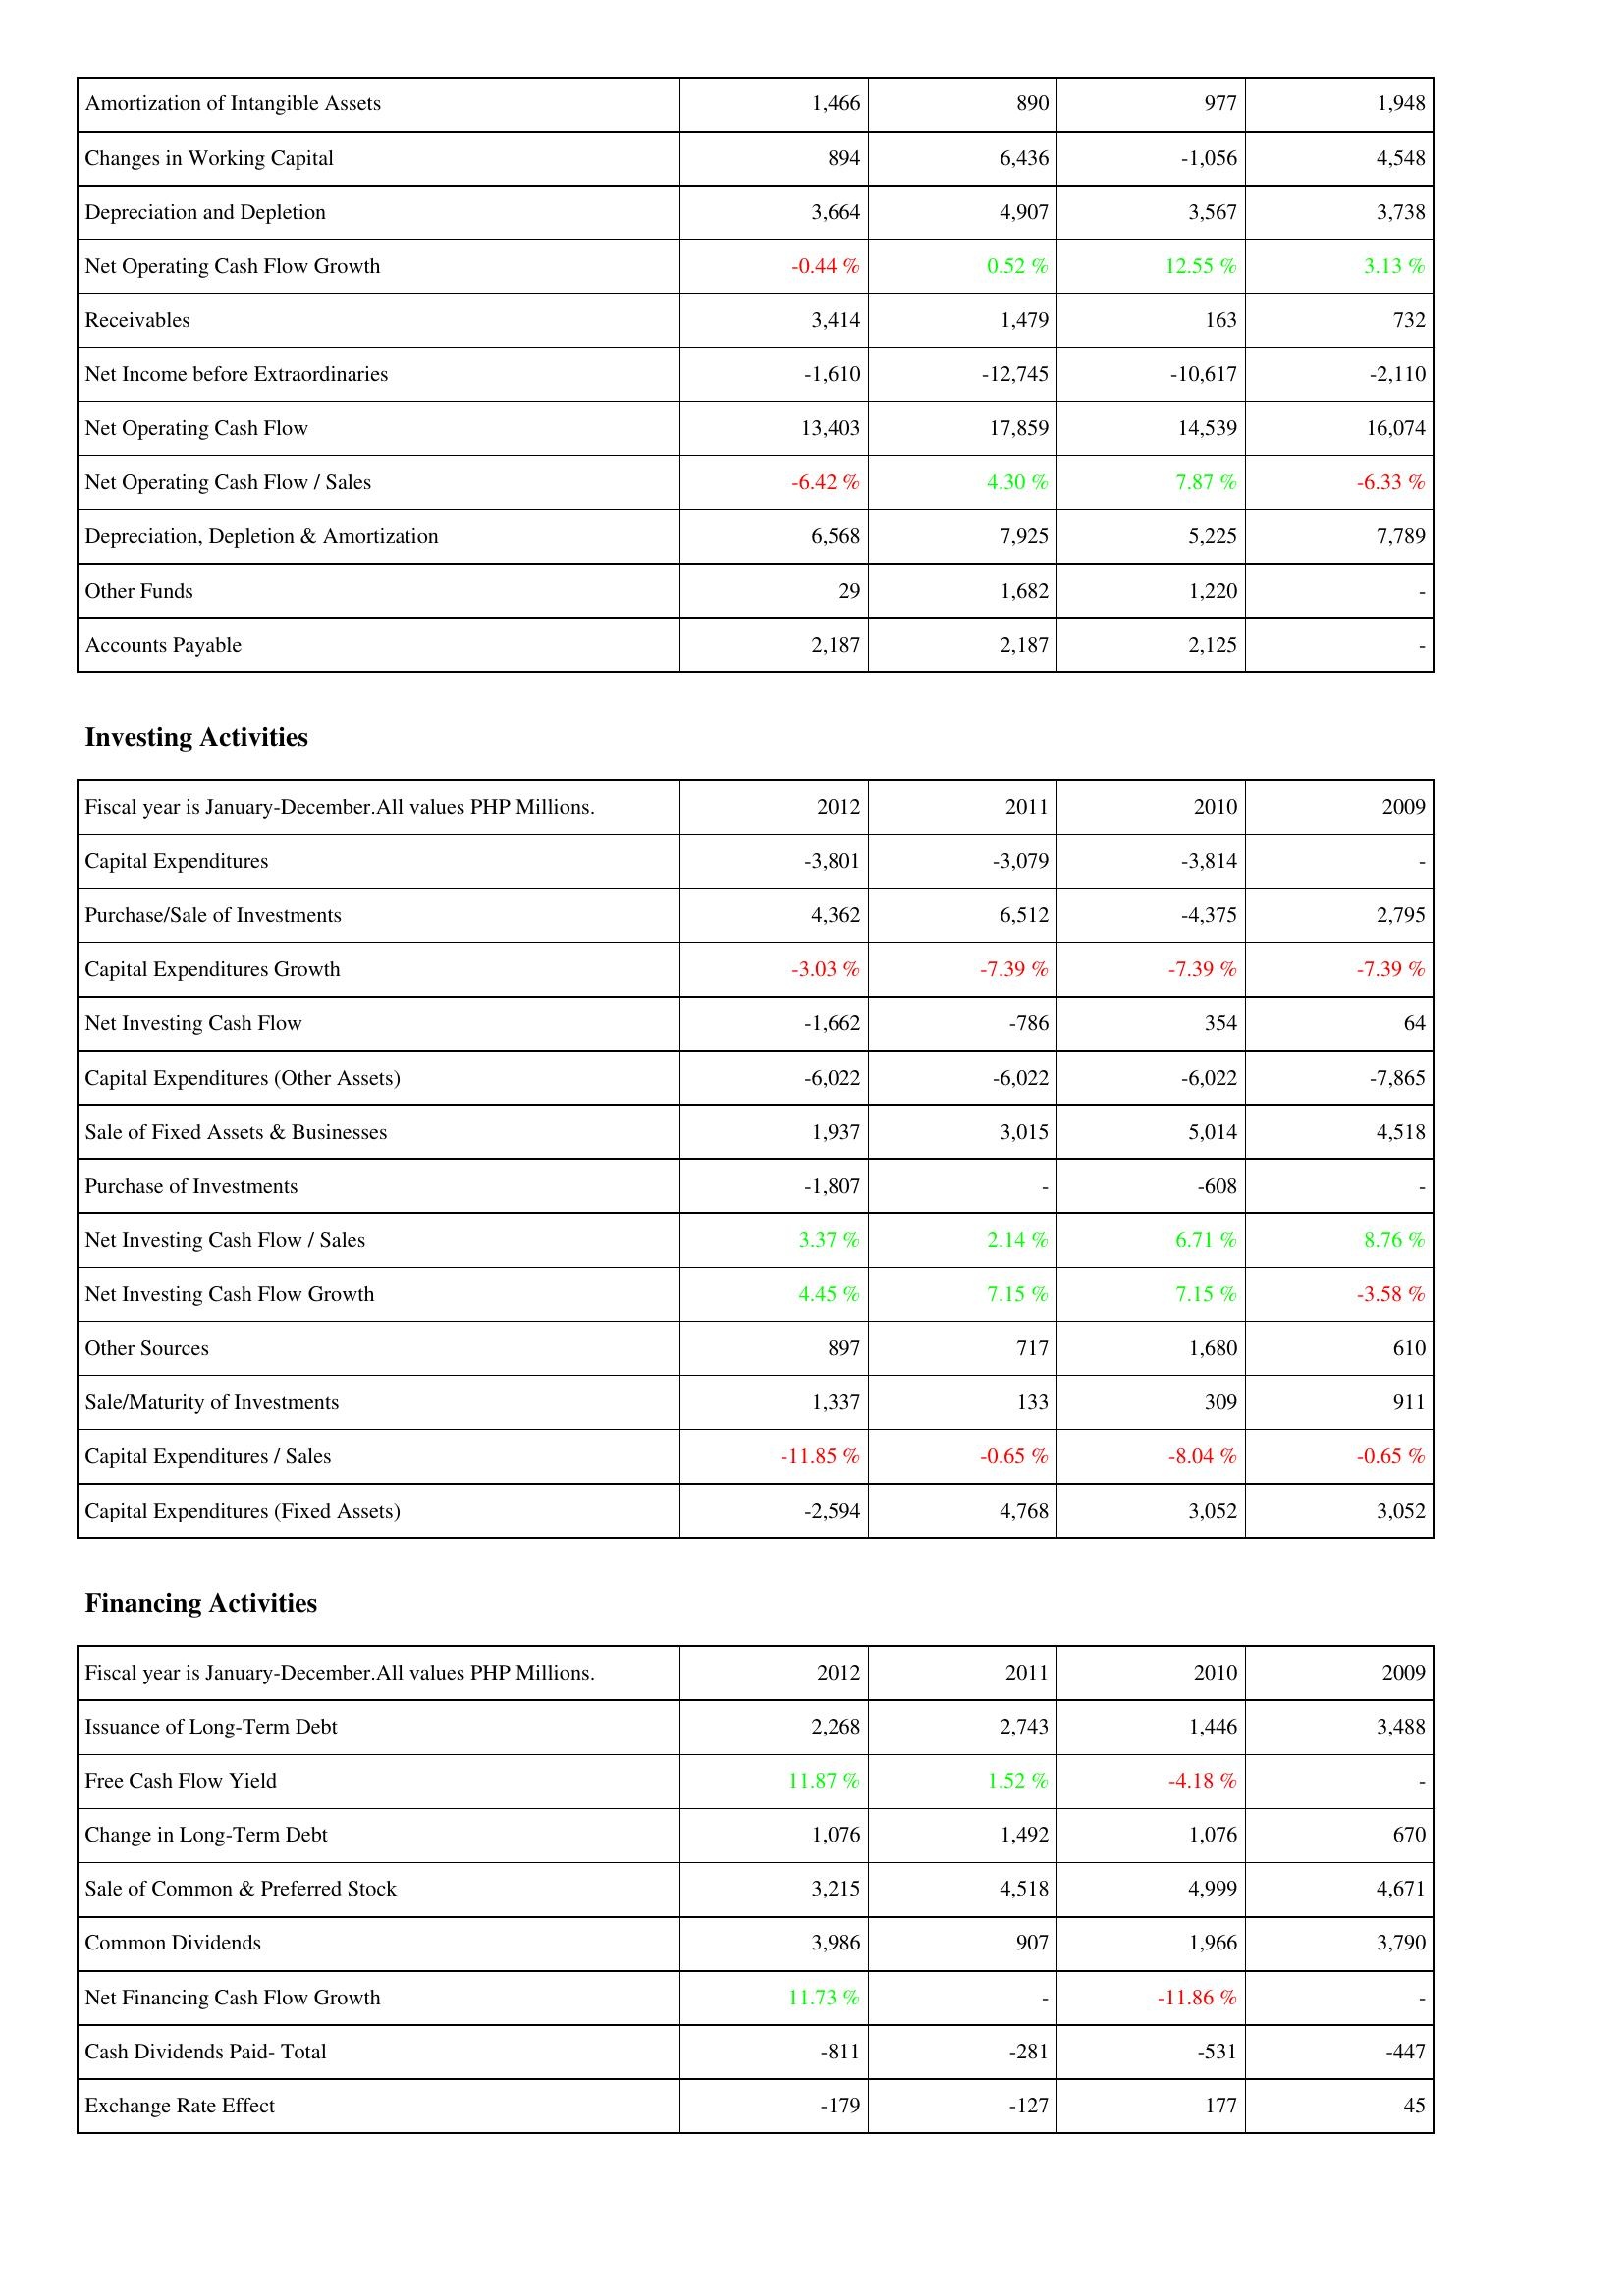
2012: Operating Activities: Amortization of Intangible Assets: 1,466
Changes in Working Capital: 894
Depreciation and Depletion: 3,664
Net Operating Cash Flow Growth: -0.44 %
Receivables: 3,414
Net Income before Extraordinaries: -1,610
Net Operating Cash Flow: 13,403
Net Operating Cash Flow / Sales: -6.42 %
Depreciation, Depletion & Amortization: 6,568
Other Funds: 29
Accounts Payable: 2,187
Investing Activities: Capital Expenditures: -3,801
Purchase/Sale of Investments: 4,362
Capital Expenditures Growth: -3.03 %
Net Investing Cash Flow: -1,662
Capital Expenditures (Other Assets): -6,022
Sale of Fixed Assets & Businesses: 1,937
Purchase of Investments: -1,807
Net Investing Cash Flow / Sales: 3.37 %
Net Investing Cash Flow Growth: 4.45 %
Other Sources: 897
Sale/Maturity of Investments: 1,337
Capital Expenditures / Sales: -11.85 %
Capital Expenditures (Fixed Assets): -2,594
Financing Activities: Issuance of Long-Term Debt: 2,268
Free Cash Flow Yield: 11.87 %
Change in Long-Term Debt: 1,076
Sale of Common & Preferred Stock: 3,215
Common Dividends: 3,986
Net Financing Cash Flow Growth: 11.73 %
Cash Dividends Paid- Total: -811
Exchange Rate Effect: -179
2011: Operating Activities: Amortization of Intangible Assets: 890
Changes in Working Capital: 6,436
Depreciation and Depletion: 4,907
Net Operating Cash Flow Growth: 0.52 %
Receivables: 1,479
Net Income before Extraordinaries: -12,745
Net Operating Cash Flow: 17,859
Net Operating Cash Flow / Sales: 4.30 %
Depreciation, Depletion & Amortization: 7,925
Other Funds: 1,682
Accounts Payable: 2,187
Investing Activities: Capital Expenditures: -3,079
Purchase/Sale of Investments: 6,512
Capital Expenditures Growth: -7.39 %
Net Investing Cash Flow: -786
Capital Expenditures (Other Assets): -6,022
Sale of Fixed Assets & Businesses: 3,015
Purchase of Investments: -
Net Investing Cash Flow / Sales: 2.14 %
Net Investing Cash Flow Growth: 7.15 %
Other Sources: 717
Sale/Maturity of Investments: 133
Capital Expenditures / Sales: -0.65 %
Capital Expenditures (Fixed Assets): 4,768
Financing Activities: Issuance of Long-Term Debt: 2,743
Free Cash Flow Yield: 1.52 %
Change in Long-Term Debt: 1,492
Sale of Common & Preferred Stock: 4,518
Common Dividends: 907
Net Financing Cash Flow Growth: -
Cash Dividends Paid- Total: -281
Exchange Rate Effect: -127
2010: Operating Activities: Amortization of Intangible Assets: 977
Changes in Working Capital: -1,056
Depreciation and Depletion: 3,567
Net Operating Cash Flow Growth: 12.55 %
Receivables: 163
Net Income before Extraordinaries: -10,617
Net Operating Cash Flow: 14,539
Net Operating Cash Flow / Sales: 7.87 %
Depreciation, Depletion & Amortization: 5,225
Other Funds: 1,220
Accounts Payable: 2,125
Investing Activities: Capital Expenditures: -3,814
Purchase/Sale of Investments: -4,375
Capital Expenditures Growth: -7.39 %
Net Investing Cash Flow: 354
Capital Expenditures (Other Assets): -6,022
Sale of Fixed Assets & Businesses: 5,014
Purchase of Investments: -608
Net Investing Cash Flow / Sales: 6.71 %
Net Investing Cash Flow Growth: 7.15 %
Other Sources: 1,680
Sale/Maturity of Investments: 309
Capital Expenditures / Sales: -8.04 %
Capital Expenditures (Fixed Assets): 3,052
Financing Activities: Issuance of Long-Term Debt: 1,446
Free Cash Flow Yield: -4.18 %
Change in Long-Term Debt: 1,076
Sale of Common & Preferred Stock: 4,999
Common Dividends: 1,966
Net Financing Cash Flow Growth: -11.86 %
Cash Dividends Paid- Total: -531
Exchange Rate Effect: 177
2009: Operating Activities: Amortization of Intangible Assets: 1,948
Changes in Working Capital: 4,548
Depreciation and Depletion: 3,738
Net Operating Cash Flow Growth: 3.13 %
Receivables: 732
Net Income before Extraordinaries: -2,110
Net Operating Cash Flow: 16,074
Net Operating Cash Flow / Sales: -6.33 %
Depreciation, Depletion & Amortization: 7,789
Other Funds: -
Accounts Payable: -
Investing Activities: Capital Expenditures: -
Purchase/Sale of Investments: 2,795
Capital Expenditures Growth: -7.39 %
Net Investing Cash Flow: 64
Capital Expenditures (Other Assets): -7,865
Sale of Fixed Assets & Businesses: 4,518
Purchase of Investments: -
Net Investing Cash Flow / Sales: 8.76 %
Net Investing Cash Flow Growth: -3.58 %
Other Sources: 610
Sale/Maturity of Investments: 911
Capital Expenditures / Sales: -0.65 %
Capital Expenditures (Fixed Assets): 3,052
Financing Activities: Issuance of Long-Term Debt: 3,488
Free Cash Flow Yield: -
Change in Long-Term Debt: 670
Sale of Common & Preferred Stock: 4,671
Common Dividends: 3,790
Net Financing Cash Flow Growth: -
Cash Dividends Paid- Total: -447
Exchange Rate Effect: 45